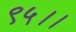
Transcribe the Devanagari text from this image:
९५।।